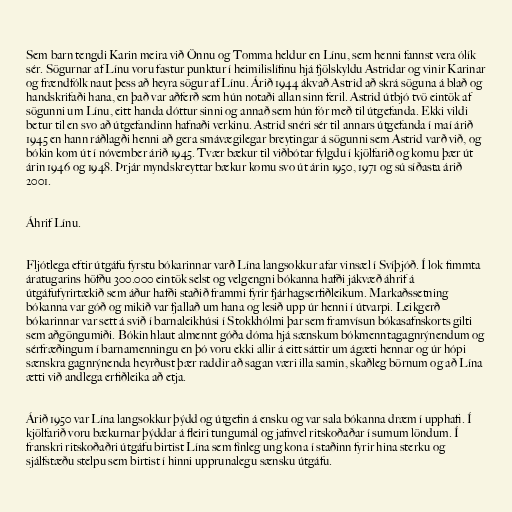
Sem barn tengdi Karin meira við Önnu og Tomma heldur en Línu, sem henni fannst vera ólík
sér. Sögurnar af Línu voru fastur punktur í heimilislífinu hjá fjölskyldu Astridar og vinir Karinar
og frændfólk naut þess að heyra sögur af Línu. Árið 1944 ákvað Astrid að skrá söguna á blað og
handskrifaði hana, en það var aðferð sem hún notaði allan sinn feril. Astrid útbjó tvö eintök af
sögunni um Línu, eitt handa dóttur sinni og annað sem hún fór með til útgefanda. Ekki vildi
betur til en svo að útgefandinn hafnaði verkinu. Astrid snéri sér til annars útgefanda í maí árið
1945 en hann ráðlagði henni að gera smávægilegar breytingar á sögunni sem Astrid varð við, og
bókin kom út í nóvember árið 1945. Tvær bækur til viðbótar fylgdu í kjölfarið og komu þær út
árin 1946 og 1948. Þrjár myndskreyttar bækur komu svo út árin 1950, 1971 og sú síðasta árið
2001.

Áhrif Línu.

Fljótlega eftir útgáfu fyrstu bókarinnar varð Lína langsokkur afar vinsæl í Svíþjóð. Í lok fimmta
áratugarins höfðu 300.000 eintök selst og velgengni bókanna hafði jákvæð áhrif á
útgáfufyrirtækið sem áður hafði staðið frammi fyrir fjárhagserfiðleikum. Markaðssetning
bókanna var góð og mikið var fjallað um hana og lesið upp úr henni í útvarpi. Leikgerð
bókarinnar var sett á svið í barnaleikhúsi í Stokkhólmi þar sem framvísun bókasafnskorts gilti
sem aðgöngumiði. Bókin hlaut almennt góða dóma hjá sænskum bókmenntagagnrýnendum og
sérfræðingum í barnamenningu en þó voru ekki allir á eitt sáttir um ágæti hennar og úr hópi
sænskra gagnrýnenda heyrðust þær raddir að sagan væri illa samin, skaðleg börnum og að Lína
ætti við andlega erfiðleika að etja.

Árið 1950 var Lína langsokkur þýdd og útgefin á ensku og var sala bókanna dræm í upphafi. Í
kjölfarið voru bækurnar þýddar á fleiri tungumál og jafnvel ritskoðaðar í sumum löndum. Í
franskri ritskoðaðri útgáfu birtist Lína sem fínleg ung kona í staðinn fyrir hina sterku og
sjálfstæðu stelpu sem birtist í hinni upprunalegu sænsku útgáfu.